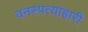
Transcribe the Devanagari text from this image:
वनस्पत्याहारी